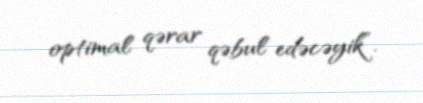
optimal qərar qəbul edəcəyik”.